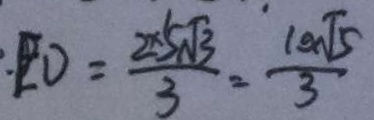
E D = \frac { 2 \times 5 \sqrt { 3 } } { 3 } = \frac { 1 0 \sqrt { 5 } } { 3 }